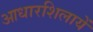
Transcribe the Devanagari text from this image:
आधारशिलायें